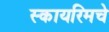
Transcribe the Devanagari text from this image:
स्कायरिमचे